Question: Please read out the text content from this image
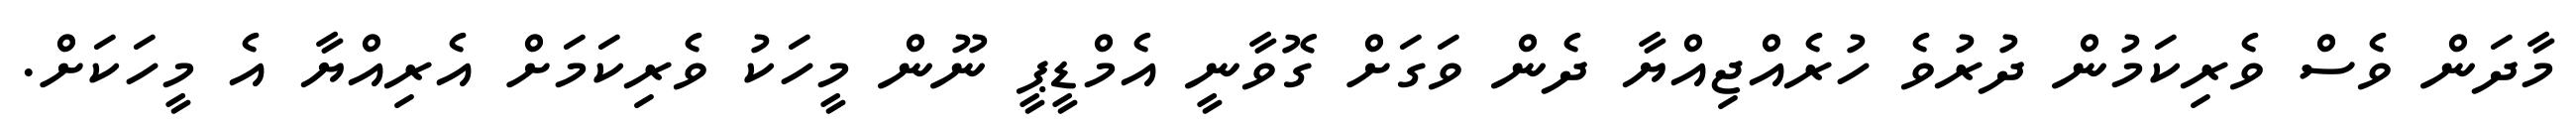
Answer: މާދަން ވެސް ވެރިކަމުން ދުރުވެ ހުރެއްޖިއްޔާ ދެން ވަގަށް ގޮވާނީ އެމްޑީޕީ ނޫން މީހަކު ވެރިކަމަށް އެރިއްޔާ އެ މީހަކަށް.